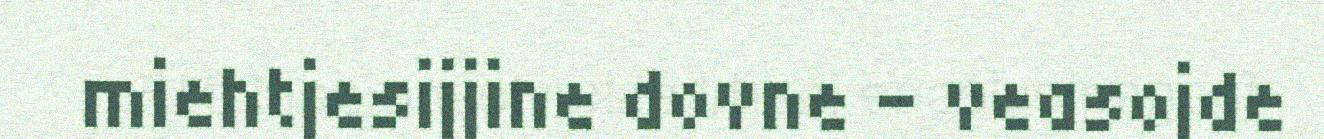
miehtjesijjine dovne - veasojde